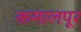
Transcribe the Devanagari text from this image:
कमालपूर